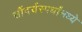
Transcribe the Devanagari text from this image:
सौंदर्यस्पर्धांमध्ये